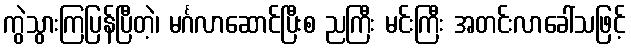
ကွဲသွားကြပြန်ပြီတဲ့၊ မင်္ဂလာဆောင်ပြီးစ ညကြီး မင်းကြီး အတင်းလာခေါ်သဖြင့်